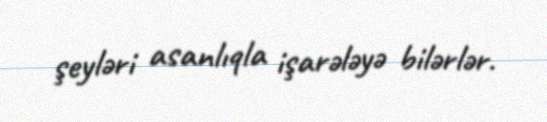
şeyləri asanlıqla işarələyə bilərlər.